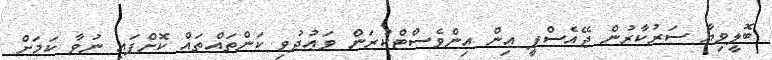
ބޮލީވިޔާ ސަރުކާރުން ޖޭއެސްޕީ އިން އިންވެސްޓްކުރަން ވަޢުދުވި ކަންތައްތައް ކޮށްފައި ނުވާ ކަމަށް